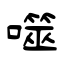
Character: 噬